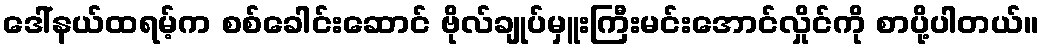
ဒေါ်နယ်ထရမ့်က စစ်ခေါင်းဆောင် ဗိုလ်ချုပ်မှူးကြီးမင်းအောင်လှိုင်ကို စာပို့ပါတယ်။